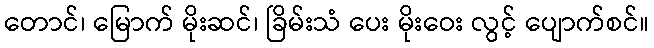
တောင်၊ မြောက် မိုးဆင်၊ ခြိမ်းသံ ပေး မိုးဝေး လွင့် ပျောက်စင်။